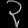
Digit: ၃